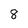
Character: 8